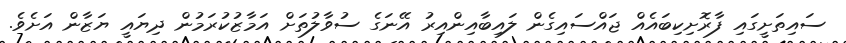
ސައިތަށީގައި ފާރޮށިކިބައެއް ޖައްސައިގެން ލައިބާއިންއިރު އޭނަގެ ސުވާލުތަށް އަމާޒުކުރަމުން ދިޔައީ ޔަޒާން އަށެވެ.